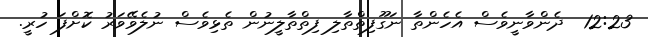
12:23  ދެންވާނީވެސް އެހެންތާ ނަގޫފިތްތާލި ފިތްތާލީނުން ތެޅިވެސް ނުލެވޭވަރު ކޮށްފަ ހުރީ.